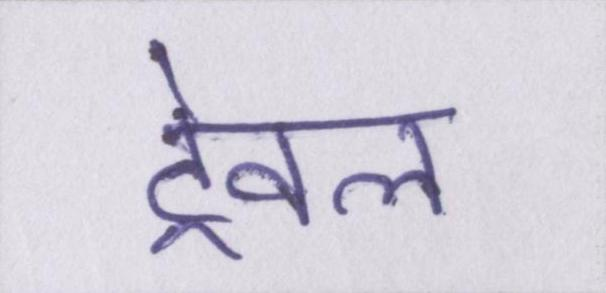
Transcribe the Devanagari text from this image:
ट्रेवल